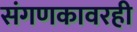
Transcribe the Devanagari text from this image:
संगणकावरही